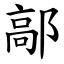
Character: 鄗